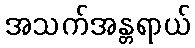
အသက်အန္တရာယ်